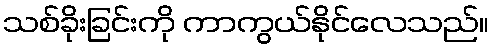
သစ်ခိုးခြင်းကို ကာကွယ်နိုင်လေသည်။